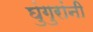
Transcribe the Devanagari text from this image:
घुंगुरांनी